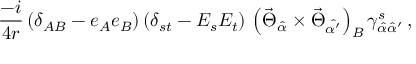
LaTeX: \frac { - i } { 4 r } \, ( \delta _ { A B } - e _ { A } e _ { B } ) \, ( \delta _ { s t } - E _ { s } E _ { t } ) \, \left( \vec { \Theta } _ { \hat { \alpha } } \times \vec { \Theta } _ { \hat { \alpha ^ { \prime } } } \right) _ { B } \gamma _ { \hat { \alpha } \hat { \alpha } ^ { \prime } } ^ { s } \, ,